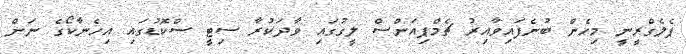
ޕެލެގްރީނީ މިހެން ބުނެފައިވާއިރު ޗެމްޕިއަންސް ލީގުގައި ވާދަކުރާ ސިޓީ ސްކޮޑުގައި އިހެނާކޯގެ ނަން